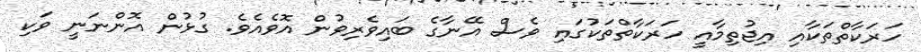
ހަރަކާތްތަކާއި އިޖުތިމާއީ ހަރަކާތްތަކުގައި ވެސް އޭނާގެ ބައިވެރިވުން އޮވެއެވެ. ގުޅުން އޮންނަނީ ވަކި